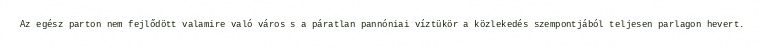
Az egész parton nem fejlődött valamire való város s a páratlan pannóniai víztükör a közlekedés szempontjából teljesen parlagon hevert.